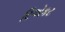
રિએકટ